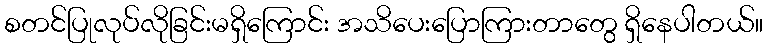
စတင်ပြုလုပ်လိုခြင်းမရှိကြောင်း အသိပေးပြောကြားတာတွေ ရှိနေပါတယ်။